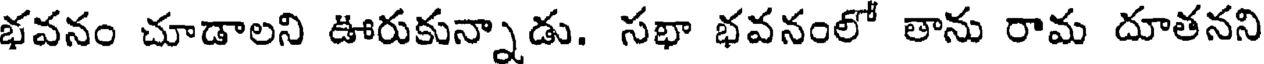
భవనం చూడాలని ఊరుకున్నాడు. సభా భవనంలో తాను రామ దూతనని